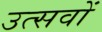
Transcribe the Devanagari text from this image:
उत्सवों